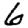
Digit: 6